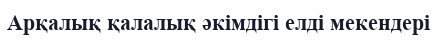
Арқалық қалалық әкімдігі елді мекендері